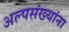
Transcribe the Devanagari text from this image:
अल्पसंख्यांना